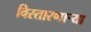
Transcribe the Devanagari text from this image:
विस्तारणाऱ्या